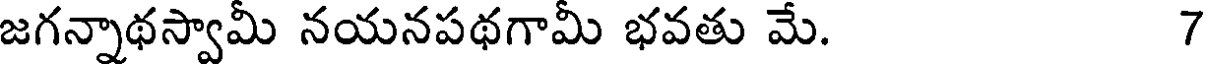
జగన్నాథస్వామీ నయనపథగామీ భవతు మే. 7